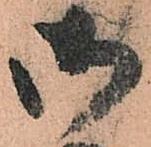
御